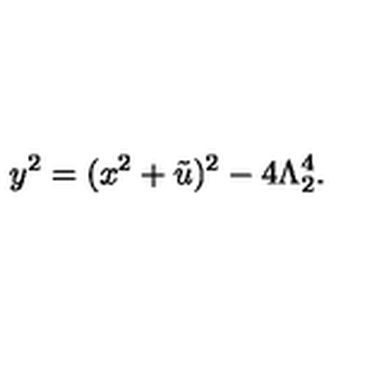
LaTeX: y ^ { 2 } = ( x ^ { 2 } + \tilde { u } ) ^ { 2 } - 4 \Lambda _ { 2 } ^ { 4 } .